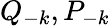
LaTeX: Q_{-k},P_{-k}